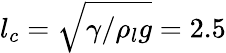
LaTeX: l_{c}=\sqrt{\gamma/\rho_{l}g}=2.5